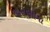
લાગણીમા